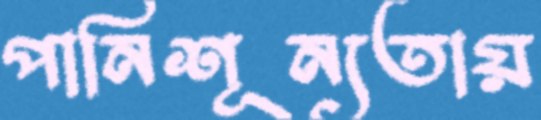
পানিশূন্যতায়